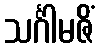
သင်္ဂါမဇိံ